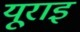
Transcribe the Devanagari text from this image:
यूराइ